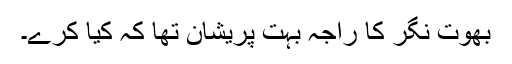
بھوت نگر کا راجہ بہت پریشان تھا کہ کیا کرے۔